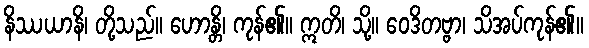
နိဿယာနိ၊ တို့သည်။ ဟောန္တိ၊ ကုန်၏။ ဣတိ၊ သို့။ ဝေဒိတဗ္ဗာ၊ သိအပ်ကုန်၏။